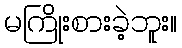
မကြိုးစားခဲ့ဘူး။